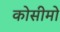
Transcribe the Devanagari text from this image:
कोसीमो